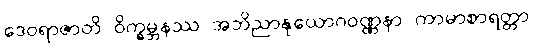
ဒေဝရာဇာတိ ဝိက္ခမ္ဘနဿ အဘိညာနုယောဂဝဏ္ဏနာ ကာမာစာရတ္တာ